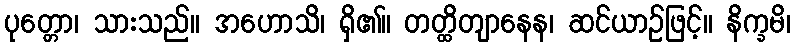
ပုတ္တော၊ သားသည်။ အဟောသိ၊ ရှိ၏။ တတ္ထိတျာနေန၊ ဆင်ယာဉ်ဖြင့်။ နိက္ခမိ၊